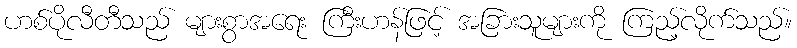
ဟစ်ပိုလီတီသည် များစွာအရေး ကြီးဟန်ဖြင့် အခြားသူများကို ကြည့်လိုက်သည်။